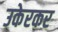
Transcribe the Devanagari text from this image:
उकेरकर